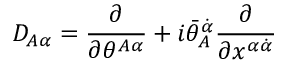
D _ { A \alpha } = { \frac { \partial } { \partial \theta ^ { A \alpha } } } + i \bar { \theta } _ { A } ^ { \dot { \alpha } } { \frac { \partial } { \partial x ^ { \alpha \dot { \alpha } } } }